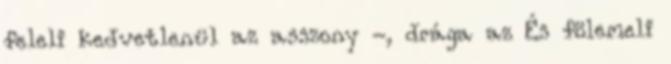
feleli kedvetlenül az asszony -, drága az És fölemeli